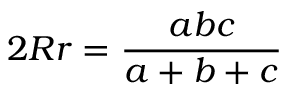
2 R r = { \frac { a b c } { a + b + c } }